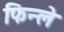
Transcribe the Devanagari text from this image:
फिन्ले